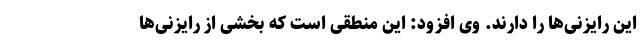
این رایزنی‌ها را دارند. وی افزود: این منطقی است که بخشی از رایزنی‌ها